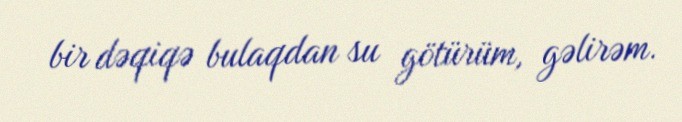
bir dəqiqə bulaqdan su götürüm, gəlirəm.